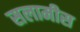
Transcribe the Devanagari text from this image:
सलामीस